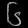
Digit: ၆